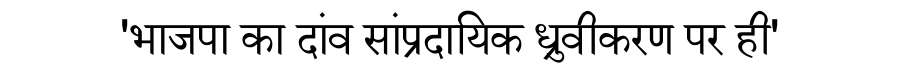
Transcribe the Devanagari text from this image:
'भाजपा का दांव सांप्रदायिक ध्रुवीकरण पर ही'